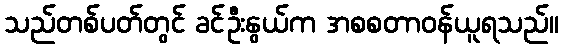
သည်တစ်ပတ်တွင် ခင်ဦးနွယ်က အစစတာဝန်ယူရသည်။